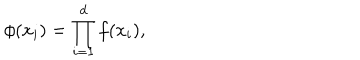
\phi ( x _ { i } ) = \prod _ { i = 1 } ^ { d } f ( x _ { i } ) ,